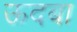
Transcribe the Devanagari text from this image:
ऊदबा